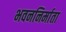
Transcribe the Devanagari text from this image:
भवननिर्माता